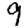
Digit: 9